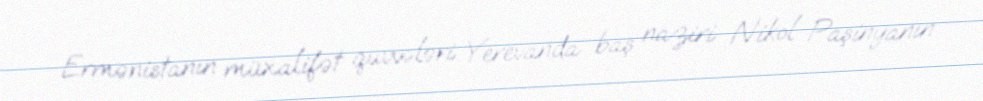
Ermənistanın müxalifət qüvvələri Yerevanda baş naziri Nikol Paşinyanın